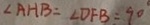
\angle A H B = \angle D F B = 9 0 ^ { \circ }